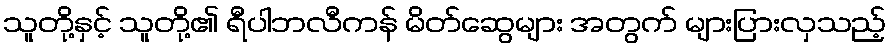
သူတို့နှင့် သူတို့၏ ရီပါဘလီကန် မိတ်ဆွေများ အတွက် များပြားလှသည့်